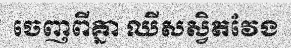
ចេញពីគ្នា ឈីសស្វិតវែង